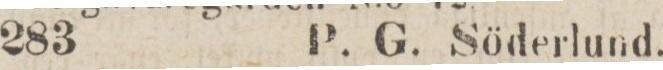
283    P. G. Söderlund.